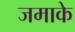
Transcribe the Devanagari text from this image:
जमाके